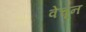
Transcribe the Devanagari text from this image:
वेचून